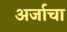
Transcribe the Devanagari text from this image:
अर्जाचा